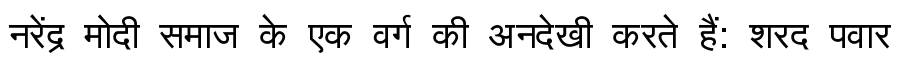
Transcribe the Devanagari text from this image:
नरेंद्र मोदी समाज के एक वर्ग की अनदेखी करते हैं: शरद पवार